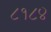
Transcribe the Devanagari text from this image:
८१८४